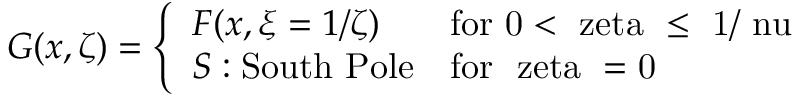
G ( x , \zeta ) = \left\{ \begin{array} { l l } { { F ( x , \xi = 1 / \zeta ) } } & { { \mathrm { f o r ~ 0 < \ z e t a ~ \leq ~ 1 / \ n u ~ } } } \\ { { { \cal S } : \mathrm { S o u t h ~ P o l e } } } & { { \mathrm { f o r ~ \ z e t a ~ = 0 ~ } } } \end{array} \right.